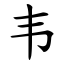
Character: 韦